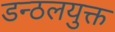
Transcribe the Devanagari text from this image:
डन्ठलयुक्त